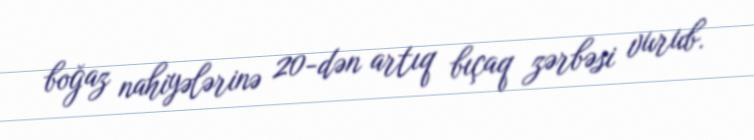
boğaz nahiyələrinə 20-dən artıq bıçaq zərbəsi vurub.